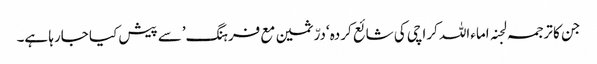
جن کا ترجمہ لجنہ اماءاللہ کراچی کی شائع کردہ ‘درّثمین مع فرہنگ’سے پیش کیا جارہا ہے۔